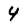
Character: 4